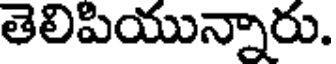
తెలిపియున్నారు.